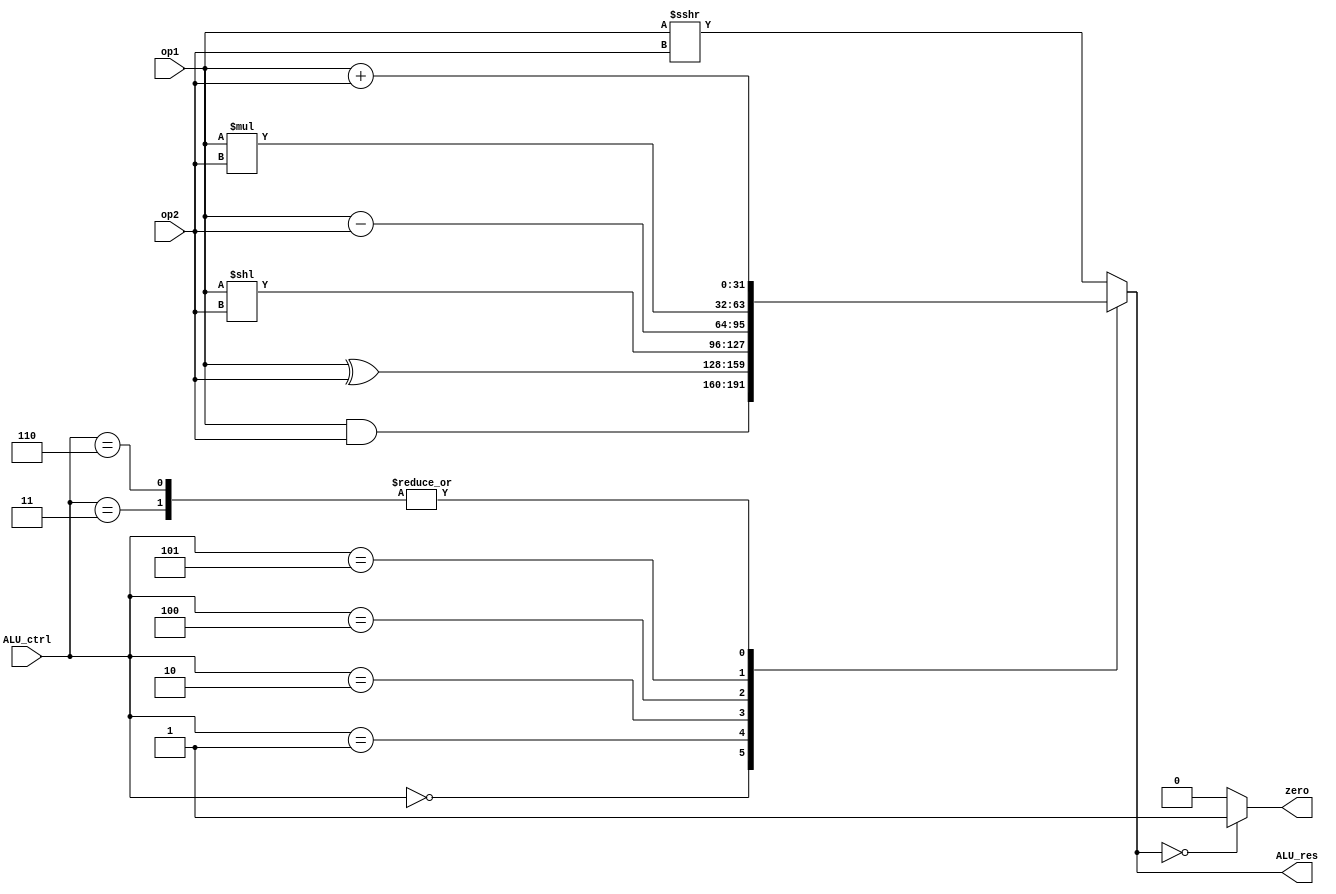
module ALU(op1, op2, ALU_ctrl, zero, ALU_res);

input [31:0] op1, op2;
input [2:0] ALU_ctrl;
output zero;
output [31:0] ALU_res;

reg [31:0] ALU_res;
reg zero;

always @(*) begin

case (ALU_ctrl)
    3'b000: 
        ALU_res = op1 & op2;
    3'b001: 
        ALU_res = op1 ^ op2;
    3'b010: 
        ALU_res = op1 << op2;
    3'b011: 
        ALU_res = op1 + op2;
    3'b100: 
        ALU_res = op1 - op2;
    3'b101:
        ALU_res = op1 * op2;
    3'b110: 
        ALU_res = op1 + op2; 
    default: 
        ALU_res = op1 >>> op2; 
endcase

zero = (ALU_res == 32'h00000000) ? 1'b1 : 1'b0;

end

endmodule